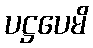
ပဋ္ဌပေမိ